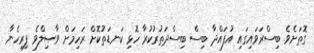
ގޮތަށެވެ. ބިސްރަވައިގައި އުފައްދާ ބިސް ބިސްދަތުރުކުރާ ހޮޅި ކަނޑަތުކޮށް ރަހިމަށް ވާޞިލްވެ ފިރިހެނާ